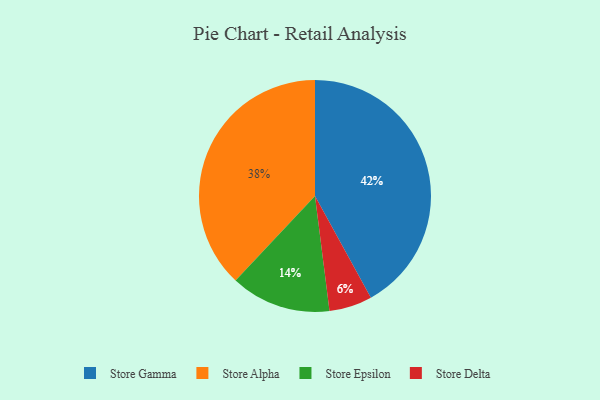
{"axis": {"x": "Category", "y": "Percentage"}, "legend": ["Store Alpha", "Store Delta", "Store Epsilon", "Store Gamma"], "data": [{"x": "Store Gamma", "y": 42, "type": "Store Gamma"}, {"x": "Store Epsilon", "y": 14, "type": "Store Epsilon"}, {"x": "Store Alpha", "y": 38, "type": "Store Alpha"}, {"x": "Store Delta", "y": 6, "type": "Store Delta"}]}